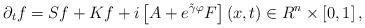
LaTeX: \begin{align*}\partial _{t}f=Sf+Kf+i\left[ A+e^{\tilde{\gamma}\varphi }F\right] \left( x,t\right) \in R^{n}\times \left[ 0,1\right] , \end{align*}